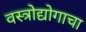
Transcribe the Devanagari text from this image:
वस्त्रोद्योगाचा